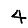
Digit: 4